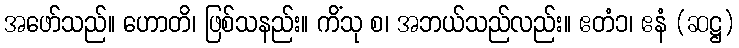
အဖော်သည်။ ဟောတိ၊ ဖြစ်သနည်း။ ကိံသု စ၊ အဘယ်သည်လည်း။ ဧတံ၁၊ ဧနံ (ဆဋ္ဌ)